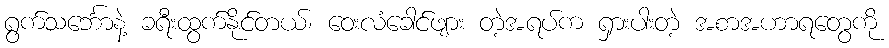
ရွက်သင်္ဘောနဲ့ ခရီးထွက်နိုင်တယ်၊ ဝေးလံခေါင်ဖျား တဲ့အရပ်က ရှားပါးတဲ့ အစာအဟာရတွေကို